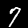
Label: 7